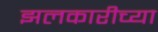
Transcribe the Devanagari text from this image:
झलकारीच्या